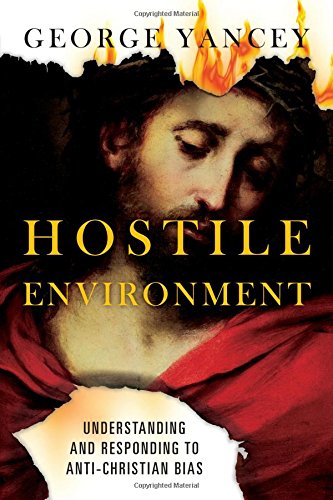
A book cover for Hostile Environment: Understanding and Responding to Anti-Christian Bias; George Yancey; Religion & Spirituality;